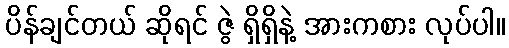
ပိန်ချင်တယ် ဆိုရင် ဇွဲ ရှိရှိနဲ့ အားကစား လုပ်ပါ။